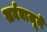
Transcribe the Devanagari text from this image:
सर्वबाजूने